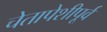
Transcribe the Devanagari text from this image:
चेतापेशीपूर्व